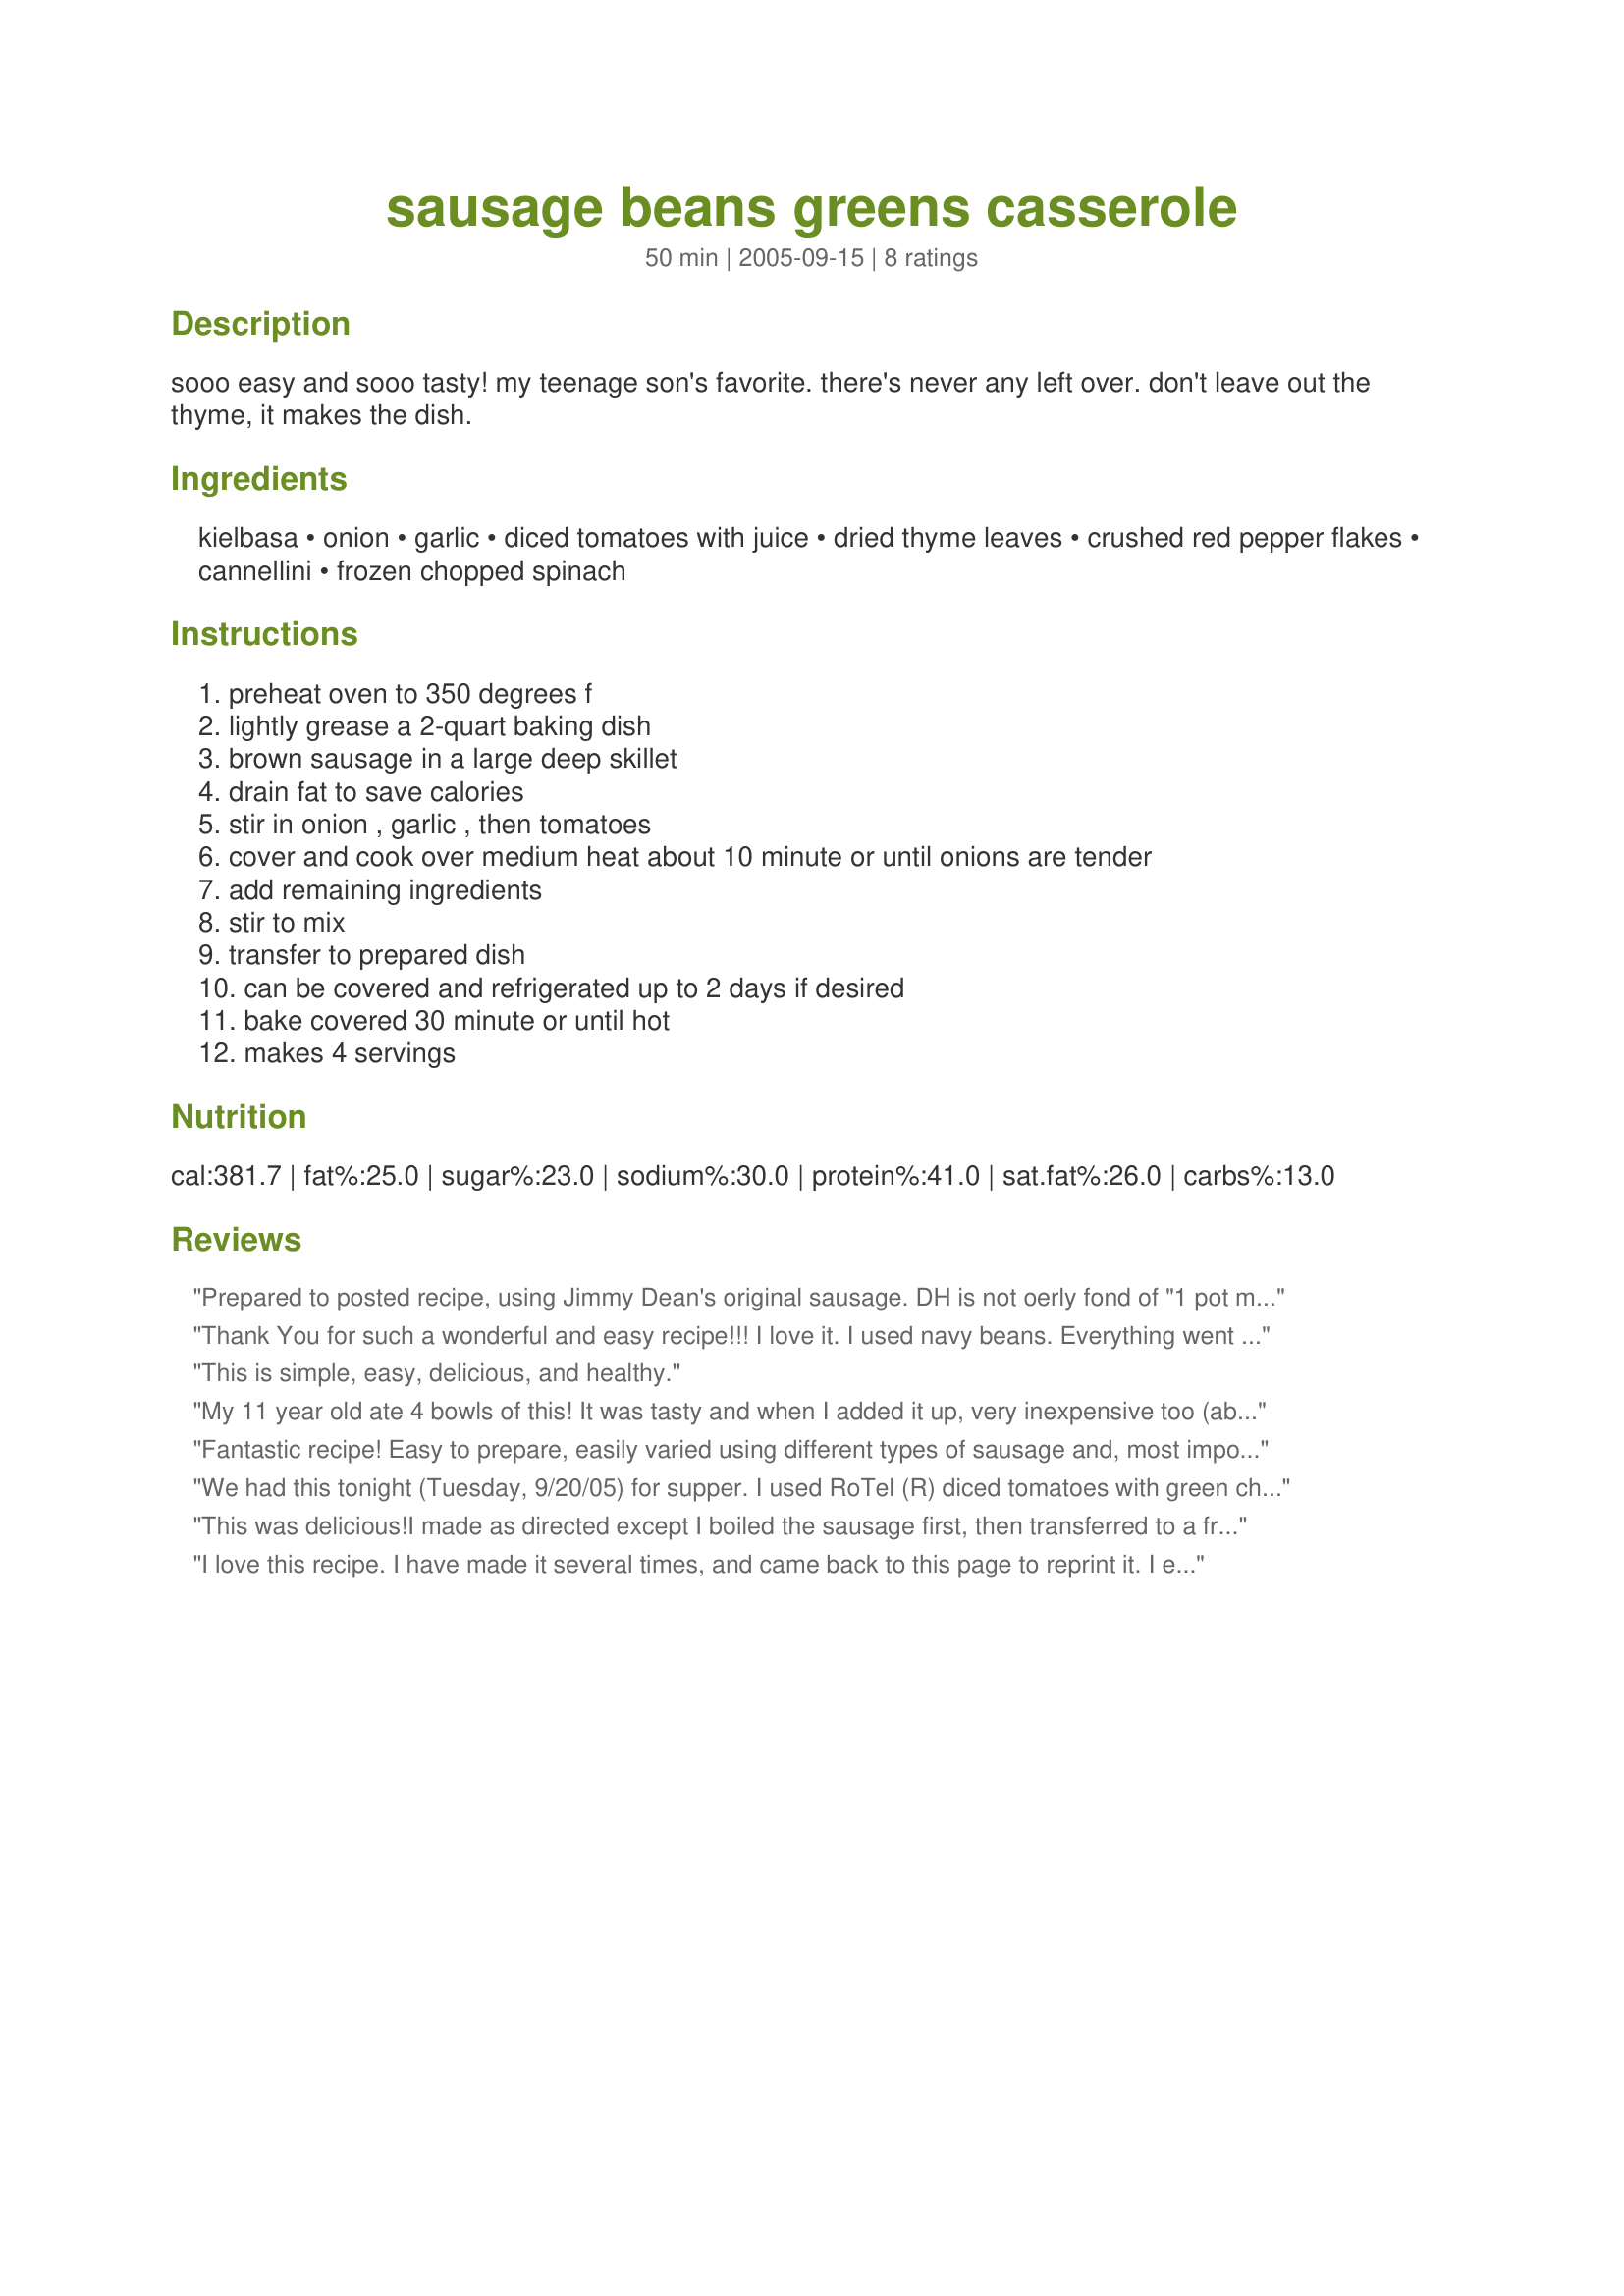
sausage beans greens casserole
Preparation time: 50 minutes

sooo easy and sooo tasty! my teenage son's favorite. there's never any left over. don't leave out the thyme, it makes the dish.

Ingredients:
kielbasa, onion, garlic, diced tomatoes with juice, dried thyme leaves, crushed red pepper flakes, cannellini, frozen chopped spinach

Steps:
preheat oven to 350 degrees f, lightly grease a 2-quart baking dish, brown sausage in a large deep skillet, drain fat to save calories, stir in onion , garlic , then tomatoes, cover and cook over medium heat about 10 minute or until onions are tender, add remaining ingredients, stir to mix, transfer to prepared dish, can be covered and refrigerated up to 2 days if desired, bake covered 30 minute or until hot, makes 4 servings

Reviews:
Prepared to posted recipe, using Jimmy Dean's original sausage. DH is not oerly fond of "1 pot meals", but I enjoy a combination of flavors as well as easy clean-up. This was very tasty, and there is plenty left for another meal. Did skimp on the red pepper flakes, but had some zing. Thanks for posting, blondegreen
Thank You for such a wonderful and easy recipe!!! I love it. I used navy beans. Everything went together just have you have in the recipe. Nothing to change. I will make this over and over. Hugs
This is simple, easy, delicious, and healthy.
My 11 year old ate 4 bowls of this! It was tasty and when I added it up, very inexpensive too (about $6). I'll be making this again throughout the winter. Thank you!
Fantastic recipe! Easy to prepare, easily varied using different types of sausage and, most importantly, the kids loved it!! This is one that you will make over and over.
We had this tonight (Tuesday, 9/20/05) for supper. I used RoTel (R) diced tomatoes with green chilies in place of the diced tomatoes in juice, giving it a bit of a kick to help the red pepper flakes. I also doubled the onion & garlic (Personal preference), and it turned out very delicious. Definitely a keeper. Thanks.
This was delicious!I made as directed except I boiled the sausage first, then transferred to a frypan. I used the tiny navy beans which we like, also. Thanks for a great meal, blond green.)!
I love this recipe. I have made it several times, and came back to this page to reprint it. I even joined food.com just to write this review!<br/><br/>I would suggest adding some salt. Other than that, I make it just as it was written.
